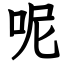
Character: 呢